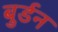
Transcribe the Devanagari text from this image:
बुर्डन